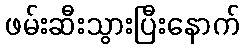
ဖမ်းဆီးသွားပြီးနောက်